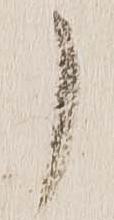
了